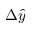
\Delta \hat { y }